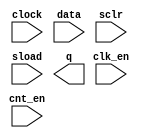
// megafunction wizard: %LPM_COUNTER%VBB%
// GENERATION: STANDARD
// VERSION: WM1.0
// MODULE: lpm_counter 

// ============================================================
// Megafunction Name(s):
// 			lpm_counter
//
// Simulation Library Files(s):
// 			lpm
// ============================================================
// ************************************************************
// THIS IS A WIZARD-GENERATED FILE. DO NOT EDIT THIS FILE!
//
// 9.1 Build 350 03/24/2010 SP 2 SJ Web Edition
// ************************************************************

//Copyright (C) 1991-2010 Altera Corporation
//Your use of Altera Corporation's design tools, logic functions 
//and other software and tools, and its AMPP partner logic 
//functions, and any output files from any of the foregoing 
//(including device programming or simulation files), and any 
//associated documentation or information are expressly subject 
//to the terms and conditions of the Altera Program License 
//Subscription Agreement, Altera MegaCore Function License 
//Agreement, or other applicable license agreement, including, 
//without limitation, that your use is for the sole purpose of 
//programming logic devices manufactured by Altera and sold by 
//Altera or its authorized distributors.  Please refer to the 
//applicable agreement for further details.

module counterlpm (
	clk_en,
	clock,
	cnt_en,
	data,
	sclr,
	sload,
	q);

	input	  clk_en;
	input	  clock;
	input	  cnt_en;
	input	[15:0]  data;
	input	  sclr;
	input	  sload;
	output	[15:0]  q;

endmodule

// ============================================================
// CNX file retrieval info
// ============================================================
// Retrieval info: PRIVATE: ACLR NUMERIC "0"
// Retrieval info: PRIVATE: ALOAD NUMERIC "0"
// Retrieval info: PRIVATE: ASET NUMERIC "0"
// Retrieval info: PRIVATE: ASET_ALL1 NUMERIC "1"
// Retrieval info: PRIVATE: CLK_EN NUMERIC "1"
// Retrieval info: PRIVATE: CNT_EN NUMERIC "1"
// Retrieval info: PRIVATE: CarryIn NUMERIC "0"
// Retrieval info: PRIVATE: CarryOut NUMERIC "0"
// Retrieval info: PRIVATE: Direction NUMERIC "0"
// Retrieval info: PRIVATE: INTENDED_DEVICE_FAMILY STRING "Cyclone II"
// Retrieval info: PRIVATE: ModulusCounter NUMERIC "0"
// Retrieval info: PRIVATE: ModulusValue NUMERIC "0"
// Retrieval info: PRIVATE: SCLR NUMERIC "1"
// Retrieval info: PRIVATE: SLOAD NUMERIC "1"
// Retrieval info: PRIVATE: SSET NUMERIC "0"
// Retrieval info: PRIVATE: SSET_ALL1 NUMERIC "1"
// Retrieval info: PRIVATE: SYNTH_WRAPPER_GEN_POSTFIX STRING "0"
// Retrieval info: PRIVATE: nBit NUMERIC "16"
// Retrieval info: CONSTANT: LPM_DIRECTION STRING "UP"
// Retrieval info: CONSTANT: LPM_PORT_UPDOWN STRING "PORT_UNUSED"
// Retrieval info: CONSTANT: LPM_TYPE STRING "LPM_COUNTER"
// Retrieval info: CONSTANT: LPM_WIDTH NUMERIC "16"
// Retrieval info: USED_PORT: clk_en 0 0 0 0 INPUT NODEFVAL clk_en
// Retrieval info: USED_PORT: clock 0 0 0 0 INPUT NODEFVAL clock
// Retrieval info: USED_PORT: cnt_en 0 0 0 0 INPUT NODEFVAL cnt_en
// Retrieval info: USED_PORT: data 0 0 16 0 INPUT NODEFVAL data[15..0]
// Retrieval info: USED_PORT: q 0 0 16 0 OUTPUT NODEFVAL q[15..0]
// Retrieval info: USED_PORT: sclr 0 0 0 0 INPUT NODEFVAL sclr
// Retrieval info: USED_PORT: sload 0 0 0 0 INPUT NODEFVAL sload
// Retrieval info: CONNECT: @clock 0 0 0 0 clock 0 0 0 0
// Retrieval info: CONNECT: q 0 0 16 0 @q 0 0 16 0
// Retrieval info: CONNECT: @clk_en 0 0 0 0 clk_en 0 0 0 0
// Retrieval info: CONNECT: @cnt_en 0 0 0 0 cnt_en 0 0 0 0
// Retrieval info: CONNECT: @sclr 0 0 0 0 sclr 0 0 0 0
// Retrieval info: CONNECT: @sload 0 0 0 0 sload 0 0 0 0
// Retrieval info: CONNECT: @data 0 0 16 0 data 0 0 16 0
// Retrieval info: LIBRARY: lpm lpm.lpm_components.all
// Retrieval info: GEN_FILE: TYPE_NORMAL counterlpm.v TRUE
// Retrieval info: GEN_FILE: TYPE_NORMAL counterlpm.inc FALSE
// Retrieval info: GEN_FILE: TYPE_NORMAL counterlpm.cmp FALSE
// Retrieval info: GEN_FILE: TYPE_NORMAL counterlpm.bsf FALSE
// Retrieval info: GEN_FILE: TYPE_NORMAL counterlpm_inst.v FALSE
// Retrieval info: GEN_FILE: TYPE_NORMAL counterlpm_bb.v TRUE
// Retrieval info: GEN_FILE: TYPE_NORMAL counterlpm_waveforms.html TRUE
// Retrieval info: GEN_FILE: TYPE_NORMAL counterlpm_wave*.jpg FALSE
// Retrieval info: LIB_FILE: lpm